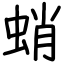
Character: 蛸